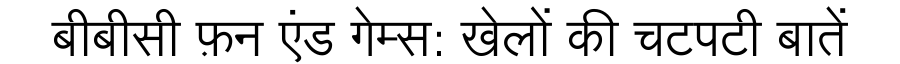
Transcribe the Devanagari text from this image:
बीबीसी फ़न एंड गेम्स: खेलों की चटपटी बातें